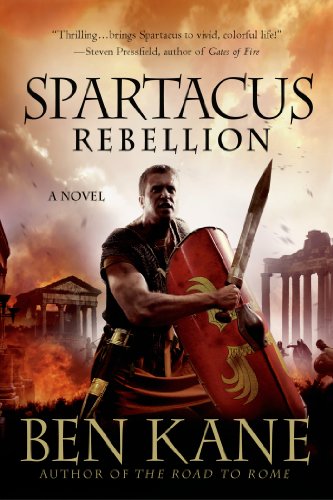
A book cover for Spartacus: Rebellion (Spartacus Chronicles); Ben Kane; Literature & Fiction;